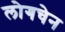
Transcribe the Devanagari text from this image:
लोगचेन